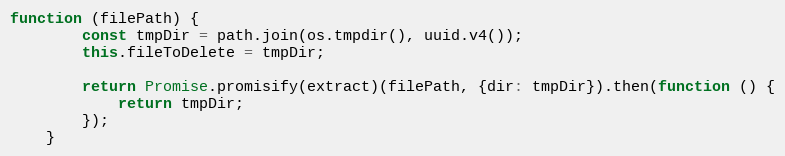
Language: JavaScript
function (filePath) {
        const tmpDir = path.join(os.tmpdir(), uuid.v4());
        this.fileToDelete = tmpDir;

        return Promise.promisify(extract)(filePath, {dir: tmpDir}).then(function () {
            return tmpDir;
        });
    }